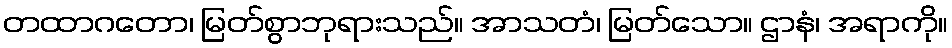
တထာဂတော၊ မြတ်စွာဘုရားသည်။ အာသတံ၊ မြတ်သော။ ဌာနံ၊ အရာကို။